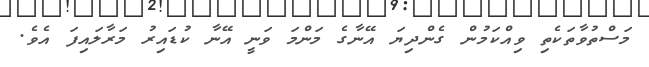
މަސްތުވާތަކެތި ވިއްކަމުން ގެންދިޔަ އޭނާގެ މަންމަ ވަނީ އޭނާ ކުޑައިރު މަރާލައިފަ އެވެ.